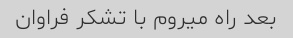
بعد راه میروم با تشکر فراوان